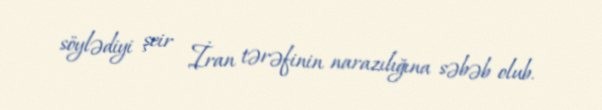
söylədiyi şeir İran tərəfinin narazılığına səbəb olub.